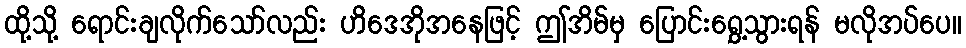
ထို့သို့ ရောင်းချလိုက်သော်လည်း ဟိဒေအိုအနေဖြင့် ဤအိမ်မှ ပြောင်းရွှေ့သွားရန် မလိုအပ်ပေ။